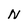
Character: N